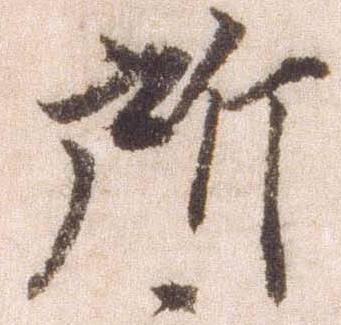
所